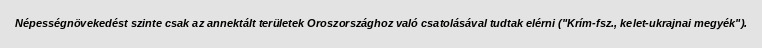
Népességnövekedést szinte csak az annektált területek Oroszországhoz való csatolásával tudtak elérni ("Krím-fsz., kelet-ukrajnai megyék").